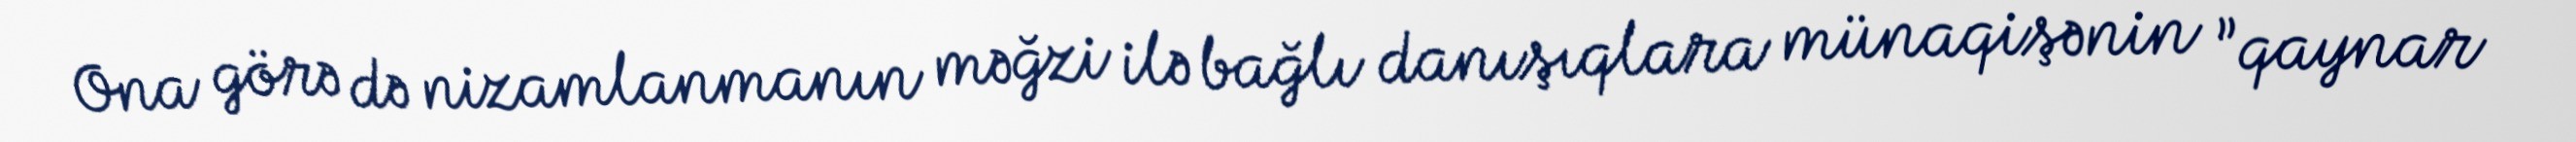
Ona görə də nizamlanmanın məğzi ilə bağlı danışıqlara münaqişənin ”qaynar